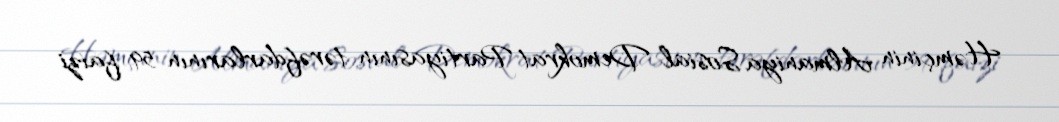
Həmçinin Almaniya Sosial Demokrat Partiyasının tərəfdarlarının 59 faizi